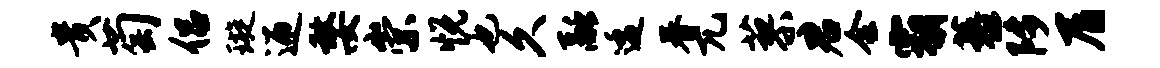
贵萄侣璇迎嫠崇悦也久融逶眷兀蓼君会霸藜陟屑